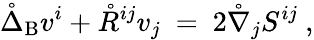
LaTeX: \mathring{\Delta}_{\mathrm{B}}v^{i}+\mathring{R}^{ij}v_{j}\ =\ 2\mathring{\nabla}_{j}S^{ij}~,